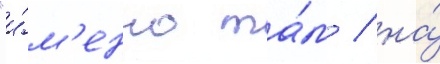
"и́м'енно та́м / на́